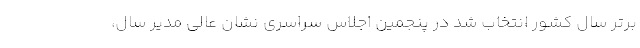
برتر سال کشور انتخاب شد در پنجمین اجلاس سراسری نشان عالی مدیر سال،